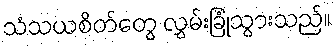
သံသယစိတ်တွေ လွှမ်းခြုံသွားသည်။